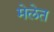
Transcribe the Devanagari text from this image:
मेलेत